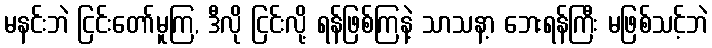
မနင်းဘဲ ငြင်းတော်မူကြ, ဒီလို ငြင်းလို့ ရန်ဖြစ်ကြနဲ့ သာသနာ့ ဘေးရန်ကြီး မဖြစ်သင့်ဘဲ